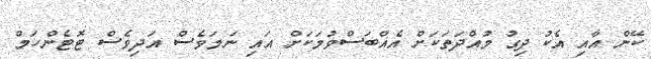
ކޭން އާއި އެކު ދިގު މުއްދަތަކަށް އެއްބަސްވުމަކަށް އައި ނަމަވެސް އަދިވެސް ޓޮޓެންހަމް